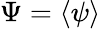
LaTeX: \Psi=\langle\psi\rangle